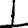
Digit: 1